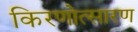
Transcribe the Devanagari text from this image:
किरणोत्सारण